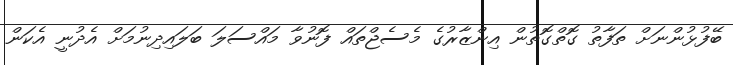
ބޭފުޅުންނަށް ތަފާތު ގޮތްގޮތުން އިންޒާރުގެ މެސެޖްތައް ފޮނުވާ މައްސަލަ ބަލައިދިނުމަށް އެދުނީ އެކަން